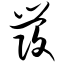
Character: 发